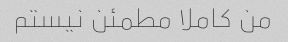
من کاملا مطمئن نیستم